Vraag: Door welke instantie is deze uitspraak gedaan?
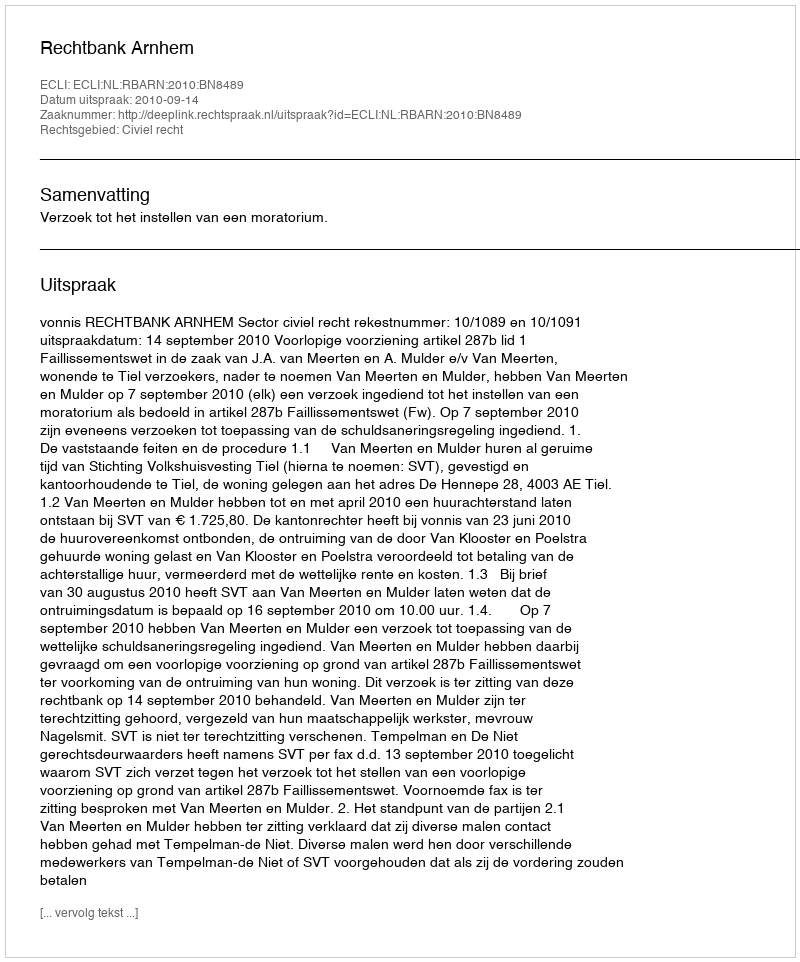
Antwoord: Rechtbank Arnhem